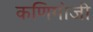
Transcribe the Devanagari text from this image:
कणिमोजी